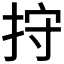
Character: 𢬇